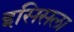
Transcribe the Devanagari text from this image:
इसिसला